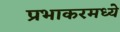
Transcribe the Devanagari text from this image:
प्रभाकरमध्ये